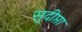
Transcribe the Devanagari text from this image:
सुदीप्ता